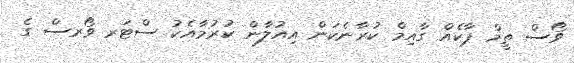
ވޯސް ތީމް ޕާކެއް ގާއިމް ކުރާނެކަން އިއުލާން ކުރުމާއެކު ސްޓަރ ވޯރސް ގެ